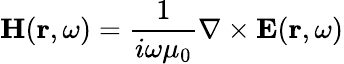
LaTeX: \mathbf{H}(\mathbf{r},\omega)=\frac{1}{i\omega\mu_{0}}\nabla\times\mathbf{E}(\mathbf{r},\omega)